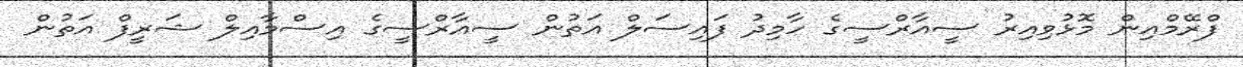
ފްރޭމްއިން މޮޅުވިއިރު ސީއާރްސީގެ ހާމިދު ފައިސަލް އަތުން ސީއާރްސީގެ އިސްމާއިލް ޝަރީފް އަތުން